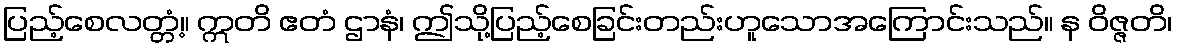
ပြည့်စေလတ္တံ့။ ဣတိ ဧတံ ဌာနံ၊ ဤသို့ပြည့်စေခြင်းတည်းဟူသောအကြောင်းသည်။ န ဝိဇ္ဇတိ၊